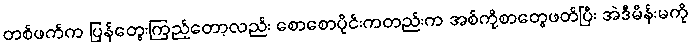
တစ်ဖက်က ပြန်တွေးကြည့်တော့လည်း စောစောပိုင်းကတည်းက အစ်ကို့စာတွေဖတ်ပြီး အဲဒီမိန်းမကို